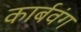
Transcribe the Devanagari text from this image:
कार्बवंग